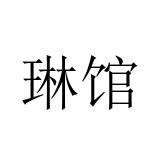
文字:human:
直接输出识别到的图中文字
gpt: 琳馆